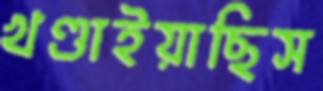
খণ্ডাইয়াছিস